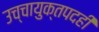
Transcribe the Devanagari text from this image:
उच्चायुक्तपदही